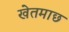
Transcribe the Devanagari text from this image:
खेतमाछ